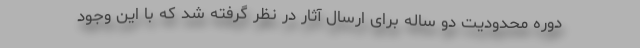
دوره محدودیت دو ساله برای ارسال آثار در نظر گرفته شد که با این وجود